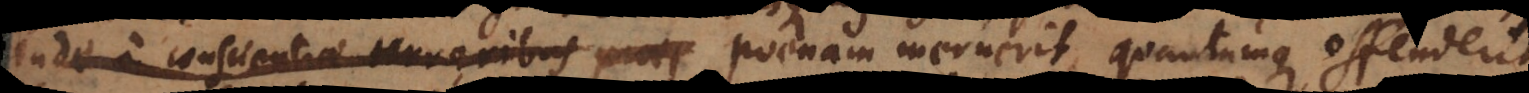
inde a conscientiae terroribus praej poenam meruerit, quantumque summum